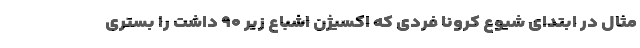
مثال در ابتدای شیوع کرونا فردی که اکسیژن اشباع زیر ۹۰ داشت را بستری